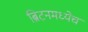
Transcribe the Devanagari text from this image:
ब्रिटनमध्येच